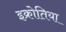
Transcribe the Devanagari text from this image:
इक्रोतिया